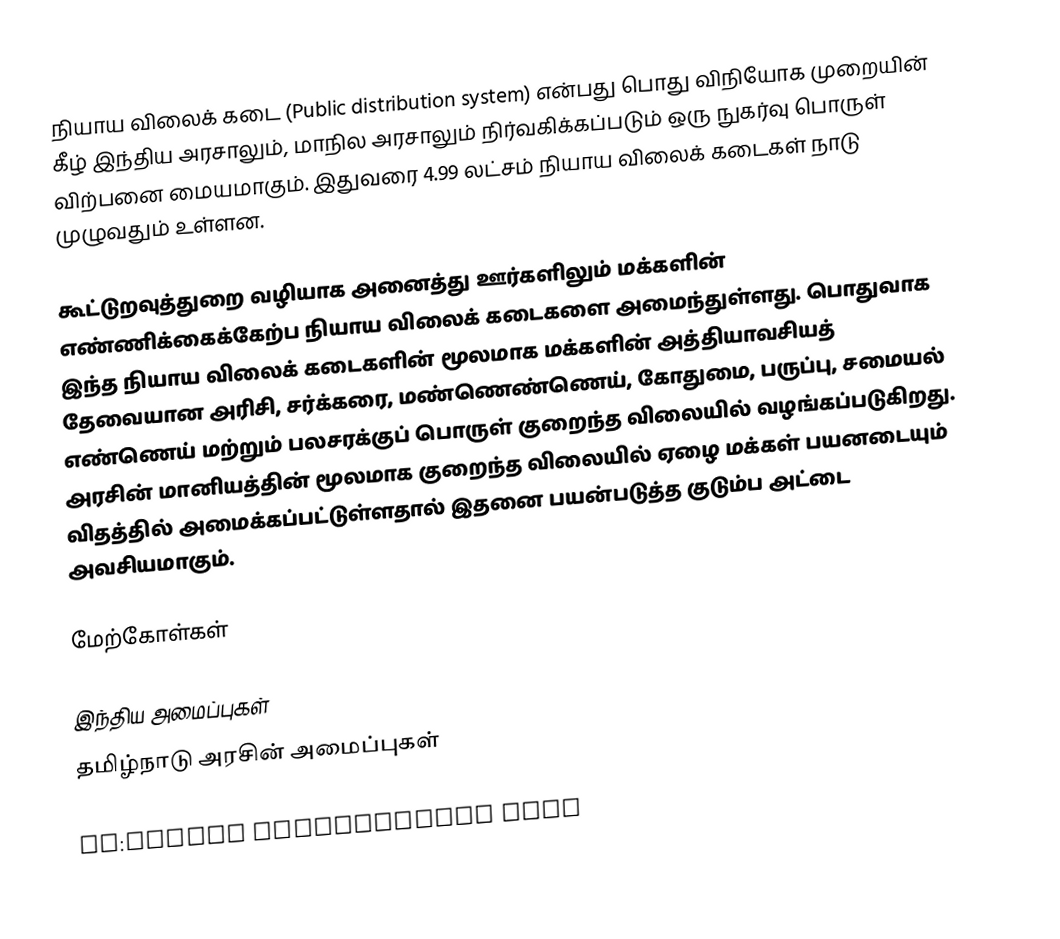
நியாய விலைக் கடை (Public distribution system) என்பது பொது விநியோக முறையின் கீழ் இந்திய அரசாலும், மாநில அரசாலும் நிர்வகிக்கப்படும் ஒரு நுகர்வு பொருள் விற்பனை மையமாகும். இதுவரை 4.99 லட்சம் நியாய விலைக் கடைகள் நாடு முழுவதும் உள்ளன.

கூட்டுறவுத்துறை வழியாக அனைத்து ஊர்களிலும் மக்களின் எண்ணிக்கைக்கேற்ப நியாய விலைக் கடைகளை அமைந்துள்ளது. பொதுவாக இந்த நியாய விலைக் கடைகளின் மூலமாக மக்களின் அத்தியாவசியத் தேவையான அரிசி, சர்க்கரை, மண்ணெண்ணெய், கோதுமை, பருப்பு, சமையல் எண்ணெய் மற்றும் பலசரக்குப் பொருள் குறைந்த விலையில் வழங்கப்படுகிறது. அரசின் மானியத்தின் மூலமாக குறைந்த விலையில் ஏழை மக்கள் பயனடையும் விதத்தில் அமைக்கப்பட்டுள்ளதால் இதனை பயன்படுத்த குடும்ப அட்டை அவசியமாகும்.

மேற்கோள்கள்

இந்திய அமைப்புகள்
தமிழ்நாடு அரசின் அமைப்புகள்

en:Public distribution shop